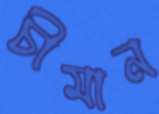
চীমান